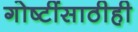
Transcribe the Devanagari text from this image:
गोष्टींसाठीही